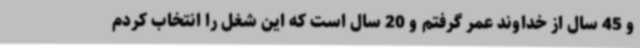
و 45 سال از خداوند عمر گرفتم و 20 سال است که این شغل را انتخاب کردم